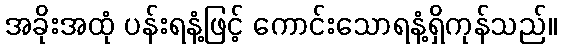
အခိုးအထုံ ပန်းရနံ့ဖြင့် ကောင်းသောရနံ့ရှိကုန်သည်။